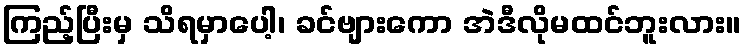
ကြည့်ပြီးမှ သိရမှာပေါ့၊ ခင်ဗျားကော အဲဒီလိုမထင်ဘူးလား။